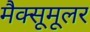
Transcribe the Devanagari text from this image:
मैक्सूमूलर